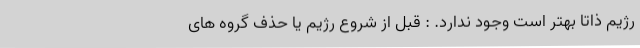
رژیم ذاتاً بهتر است وجود ندارد. : قبل از شروع رژیم یا حذف گروه های